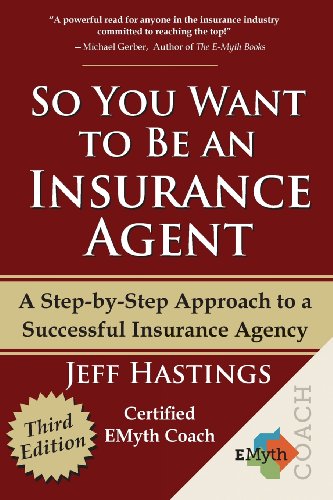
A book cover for So You Want to Be an Insurance Agent Third Edition; Jeff Hastings; Business & Money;